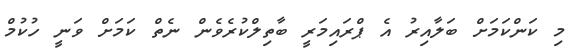
މި ކަންކަމަށް ބަލާއިރު އެ ޕްރައިމަރީ ބާތިލްކުރެވެން ނެތް ކަމަށް ވަނީ ހުކުމް